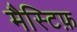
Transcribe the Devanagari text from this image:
मैस्टिफ़